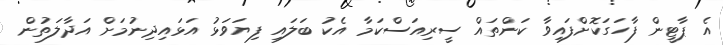
އެ ޕާޓީން ފާހަގަކޮށްފައިވާ ކަންތައް ސީރިއަސްކަމާ އެކު ބަލައި ފިޔަވަޅު އަޅައިދިނުމަށް އަދާލަތުން